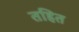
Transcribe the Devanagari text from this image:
तहित